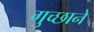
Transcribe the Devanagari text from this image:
गुच्छाने